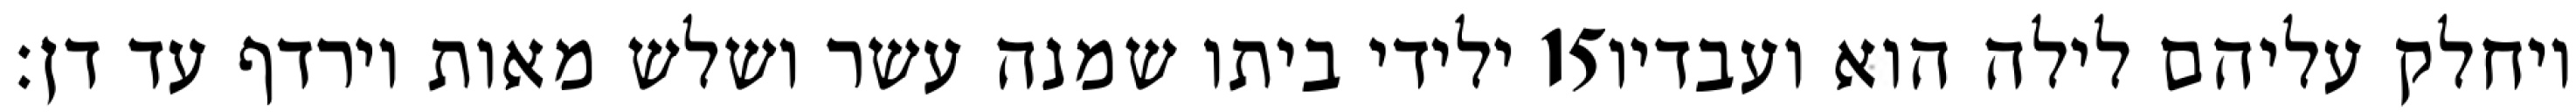
ילידי ביתו שמנה עשר ושלש מאות וירדף עד דן׃ ‎15‏ ויחלק עליהם לילה הוא ועבדיו